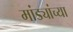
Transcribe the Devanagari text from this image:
मांड्यांच्या